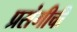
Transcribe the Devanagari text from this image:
प्रसंगीची